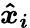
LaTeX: \boldsymbol{\hat{x}_{i}}